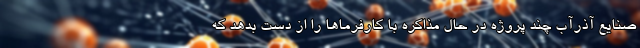
صنایع آذرآب چند پروژه در حال مذاکره با کارفرماها را از دست بدهد که